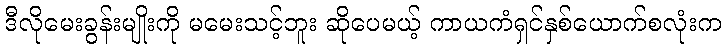
ဒီလိုမေးခွန်းမျိုးကို မမေးသင့်ဘူး ဆိုပေမယ့် ကာယကံရှင်နှစ်ယောက်စလုံးက